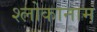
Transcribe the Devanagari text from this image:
श्लोकानाम